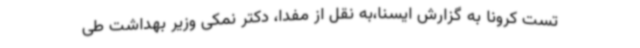
تست کرونا به گزارش ایسنا،به نقل از مفدا، دکتر نمکی وزیر بهداشت طی